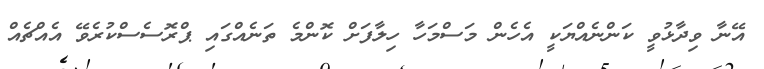
އޭނާ ވިދާޅުވީ ކަންނެއްޔަކީ އެހެން މަސްމަހާ ހިލާފަށް ކޮންމެ ތަނެއްގައި ޕްރޮސެސްކުރެވޭ އެއްޗެއް